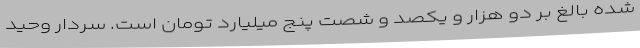
شده بالغ بر دو هزار و یکصد و شصت پنج میلیارد تومان است. سردار وحید